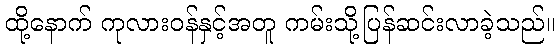
ထို့နောက် ကုလားဝန်နှင့်အတူ ကမ်းသို့ပြန်ဆင်းလာခဲ့သည်။